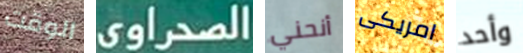
الوقت الصحراوي أنحني امريكى وأحد